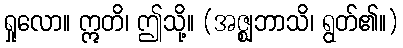
ရှုလော။ ဣတိ၊ ဤသို့။ (အဇ္ဈဘာသိ၊ ရွတ်၏။)